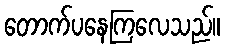
တောက်ပနေကြလေသည်။